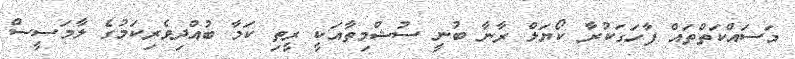
މަސައްކަތްތައް ފާހަގަކުރާ ކޯޔަލް ރާނާ ބުނީ ސުޝްމިތާއަކީ ރީތި ކަމާ ބުއްދިވެރިކަމުގެ ލާމަސީސް